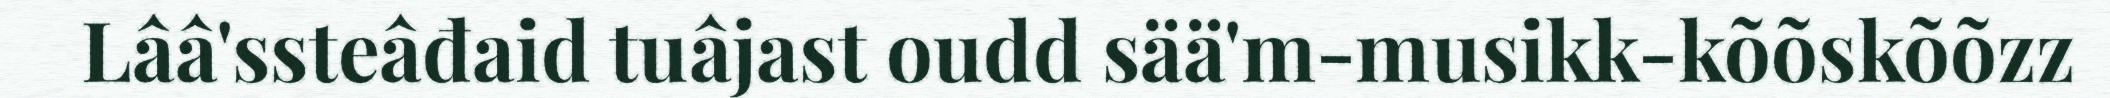
Lââ'ssteâđaid tuâjast oudd sää'm-musikk-kõõskõõzz